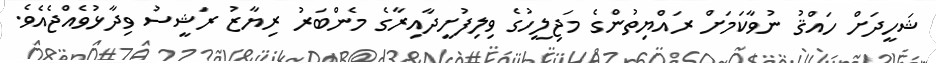
ޝަހީދަށް ހައްޤު ނުވާކަމަށް ރައްޔިތުންގެ މަޖިލީހުގެ ވިލިފުށީދާއިރާގެ މެންބަރު ރިޔާޒު ރަޝީސު ވިދާޅުވެއްޖެއެވެ.